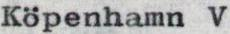
Köpenhamn V